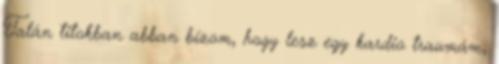
Talán titokban abban bízom, hogy lesz egy kardio traumám,